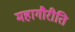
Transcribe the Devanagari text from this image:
महागौरीति